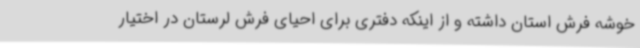
خوشه فرش استان داشته و از اینکه دفتری برای احیای فرش لرستان در اختیار